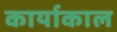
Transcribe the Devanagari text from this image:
कार्याकाल